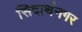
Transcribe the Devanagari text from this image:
सिदार्थनगर